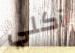
آكلي